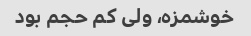
خوشمزه، ولی کم حجم بود